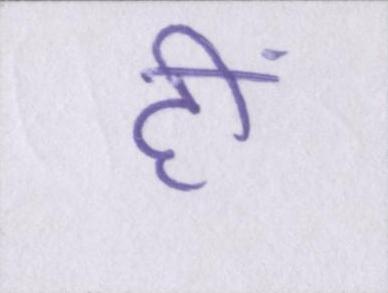
हीं